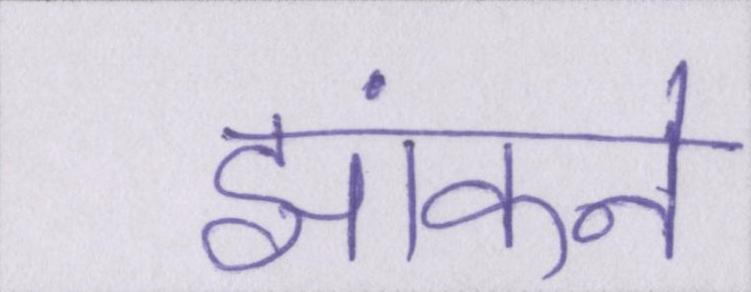
झांकने